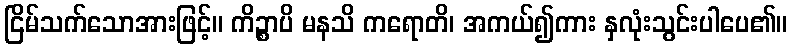
ငြိမ်သက်သောအားဖြင့်။ ကိဉ္စာပိ မနသိ ကရောတိ၊ အကယ်၍ကား နှလုံးသွင်းပါပေ၏။